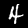
Digit: 4